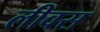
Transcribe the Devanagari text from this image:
लीवस